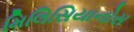
મિલિસિયાનોસ